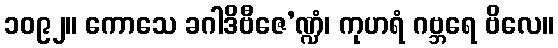
၁၀၉၂။ ကောသေ ခဂါဒိဗီဇေ’ဏ္ဍံ၊ ကုဟရံ ဂဗ္ဘရေ ဗိလေ။